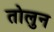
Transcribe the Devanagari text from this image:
तोलुन